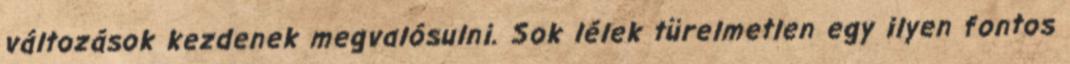
változások kezdenek megvalósulni. Sok lélek türelmetlen egy ilyen fontos